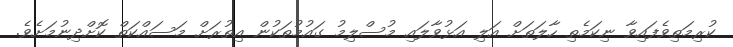
ކުރިމަތިވެފައިވާ ނިކަމެތި ހާލަތަށް އަލި އަޅުވާލައި މުސްލިމު ގައުމުތަކުން އިތުރަށް މަސައްކަތް ކޮށްދިނުމަށެވެ.